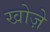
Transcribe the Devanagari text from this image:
खोज़े